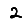
Digit: 2